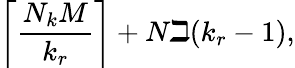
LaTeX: \left\lceil\frac{N_{k}M}{k_{r}}\right\rceil+N\beth(k_{r}-1),